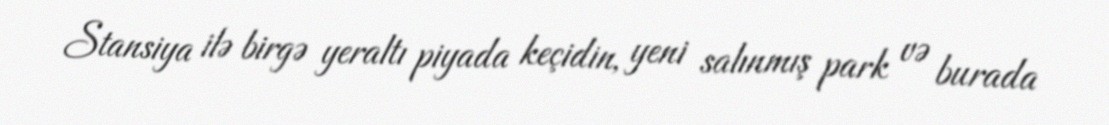
Stansiya ilə birgə yeraltı piyada keçidin, yeni salınmış park və burada